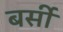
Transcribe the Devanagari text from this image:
बर्सी